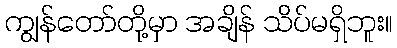
ကျွန်တော်တို့မှာ အချိန် သိပ်မရှိဘူး။